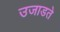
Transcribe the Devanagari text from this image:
उजाडते